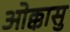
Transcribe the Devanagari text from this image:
ओक्कासु